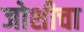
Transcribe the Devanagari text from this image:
जोशीचा